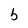
Character: b